Report on lock hospitals in British Burma
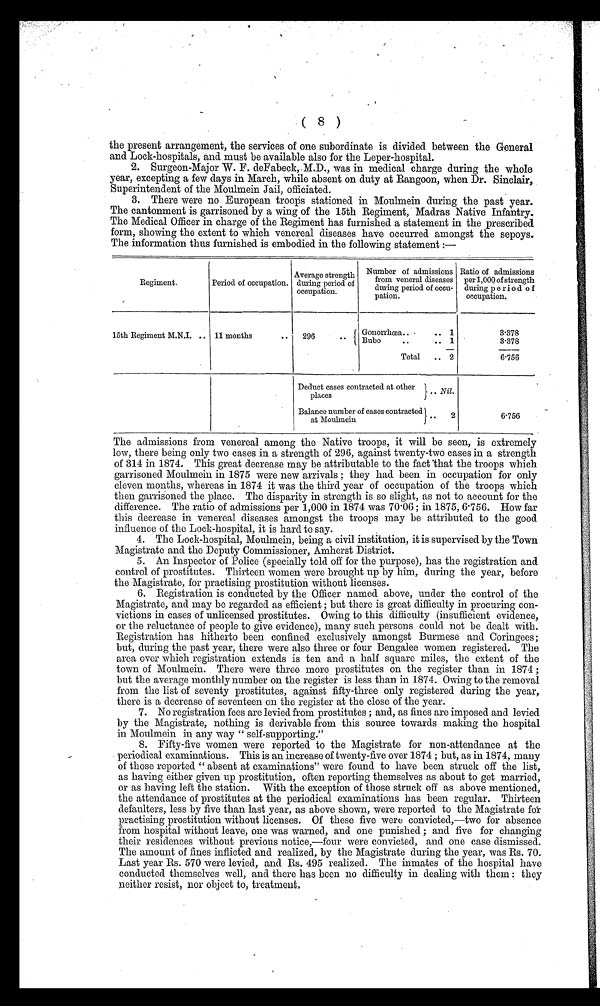
(8)
the present arrangement, the services of one subordinate is divided between the General
and Lock-hospitals, and must be available also for the Leper-hospital.
2. Surgeon-Major W. F. deFabeck, M.D., was in medical charge during the whole
year, excepting a few days in March, while absent on duty at Rangoon, when Dr. Sinclair,
Superintendent of the Moulmein Jail, officiated.
3. There were no European troops stationed in Moulmein during the past year.
The cantonment is garrisoned by a wing of the 15th Regiment, Madras Native Infantry.
The Medical Officer in charge of the Regiment has furnished a statement in the prescribed
form, showing the extent to which venereal diseases have occurred amongst the sepoys.
The information thus furnished is embodied in the following statement :—
Regiment.
Period of occupation.
Average strength
during period of
occupation.
Number of admissions
from veneral diseases
during period of occu-
pation.
Ratio of admissions
per 1,000 of strength
during period of
occupation.
15th Regiment M.N.I. .. 11 months
296..
G Gonorrhœa..
..
1
378
Bubo
1
3.378
Total
.. 2
6.756
Deduct cases contracted at other
..Nill.
places
Balance number of cases contracted
2
at Moulmein
6.756
The admissions from venereal among the Native troops, it will be seen, is extremely
low, there being only two cases in a strength of 296, against twenty-two cases in a strength
of 314 in 1874. This great decrease may be attributable to the fact Mat the troops which
garrisoned Moulmein in 1875 were new arrivals ; they had been in occupation for only
eleven months, whereas in 1874 it was the third year of occupation of the troops which
then garrisoned the place. The disparity in strength is so slight, as not to account for the
difference. The ratio of admissions per 1,000 in 1874 was 7. . 06 ; in 1875, 6.756. How far
this decrease in venereal diseases amongst the troops may be attributed to the good
influence of the Lock-hospital, it is hard to say.
4. The Lock-hospital, Moulmein, being a civil institution, it is supervised by the Town
Magistrate and the Deputy Commissioner, Amherst District.
5. An Inspector of Police (specially told off for the purpose), has the registration and
control of prostitutes. Thirteen women were brought up by him, during the year, before
the Magistrate, for practising prostitution without licenses.
6. Registration is conducted by the Officer named above, under the control of the
Magistrate, and may be regarded as efficient ; but there is great difficulty in procuring con-
victions in cases of unlicensed prostitutes. Owing to this difficulty (insufficient evidence,
or the reluctance of people to give evidence), many such persons could not be dealt with.
Registration has hitherto been confined exclusively amongst Burmese and Coringees;
but, during the past year, there were also three or four Bengalee women registered. The
area over which registration extends is ten and a half square miles, the extent of the
town of Moulmein. There were three more prostitutes on the register than in 1874 ;
but the average monthly number on the register is less than in 1874. Owing to the removal
from the list of seventy prostitutes, against fifty-three only registered during the year,
there is a decrease of seventeen on the register at the close of the year.
7. No registration fees are levied from prostitutes ; and, as fines are imposed and levied
by the Magistrate, nothing is derivable from this source towards making the hospital
in Moulmein in any way " self-supporting."
8. Fifty-five women were reported to the Magistrate for non-attendance at the
periodical examinations. This is an increase of twenty-five over 1874 ; but, as in 1874, many
of those reported " absent at examinations" were found to have been struck off the list,
as having either given up prostitution, often reporting themselves as about to get married,
or as having left the station. With the exception of those struck off as above mentioned,
the attendance of prostitutes at the periodical examinations has been regular. Thirteen
defaulters, less by five than last year, as above shown, were reported to the Magistrate for
practising prostitution without licenses. Of these five were convicted,—two for absence
from hospital without leave, one was warned, and one punished ; and five for changing
their residences without previous notice,—four were convicted, and one case dismissed.
The amount of fines inflicted and realized, by the Magistrate during the year, was Rs. 70.
Last year Rs. 570 were levied, and Rs. 495 realized. The inmates of the hospital have
conducted themselves well, and there has been no difficulty in dealing with them : they
neither resist, nor object to, treatment,